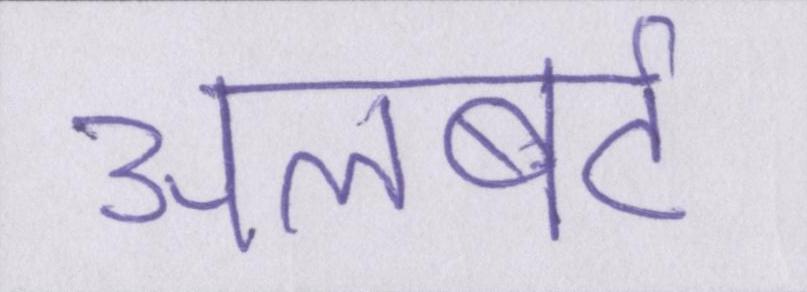
अलबर्ट